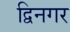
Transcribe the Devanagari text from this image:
द्विनगर